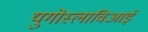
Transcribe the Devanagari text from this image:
युगोस्लाविआई